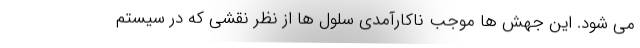
می شود. این جهش ها موجب ناکارآمدی سلول ها از نظر نقشی که در سیستم